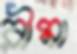
রীমা